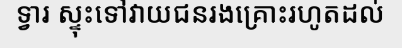
ទ្វារ ស្ទុះទៅវាយជនរងគ្រោះរហូតដល់